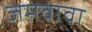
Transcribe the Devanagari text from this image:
जमवावा